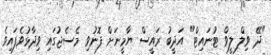
"ދޭ ވިލް ލީވް ޓުނައިޓް" އަދީބު ރައީސް ޔާމީނަށް ފޮނުވި މެސެޖުގައި ވިދާޅުވެފައިވެ